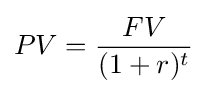
PV={\frac {FV}{(1+r)^{t}}}